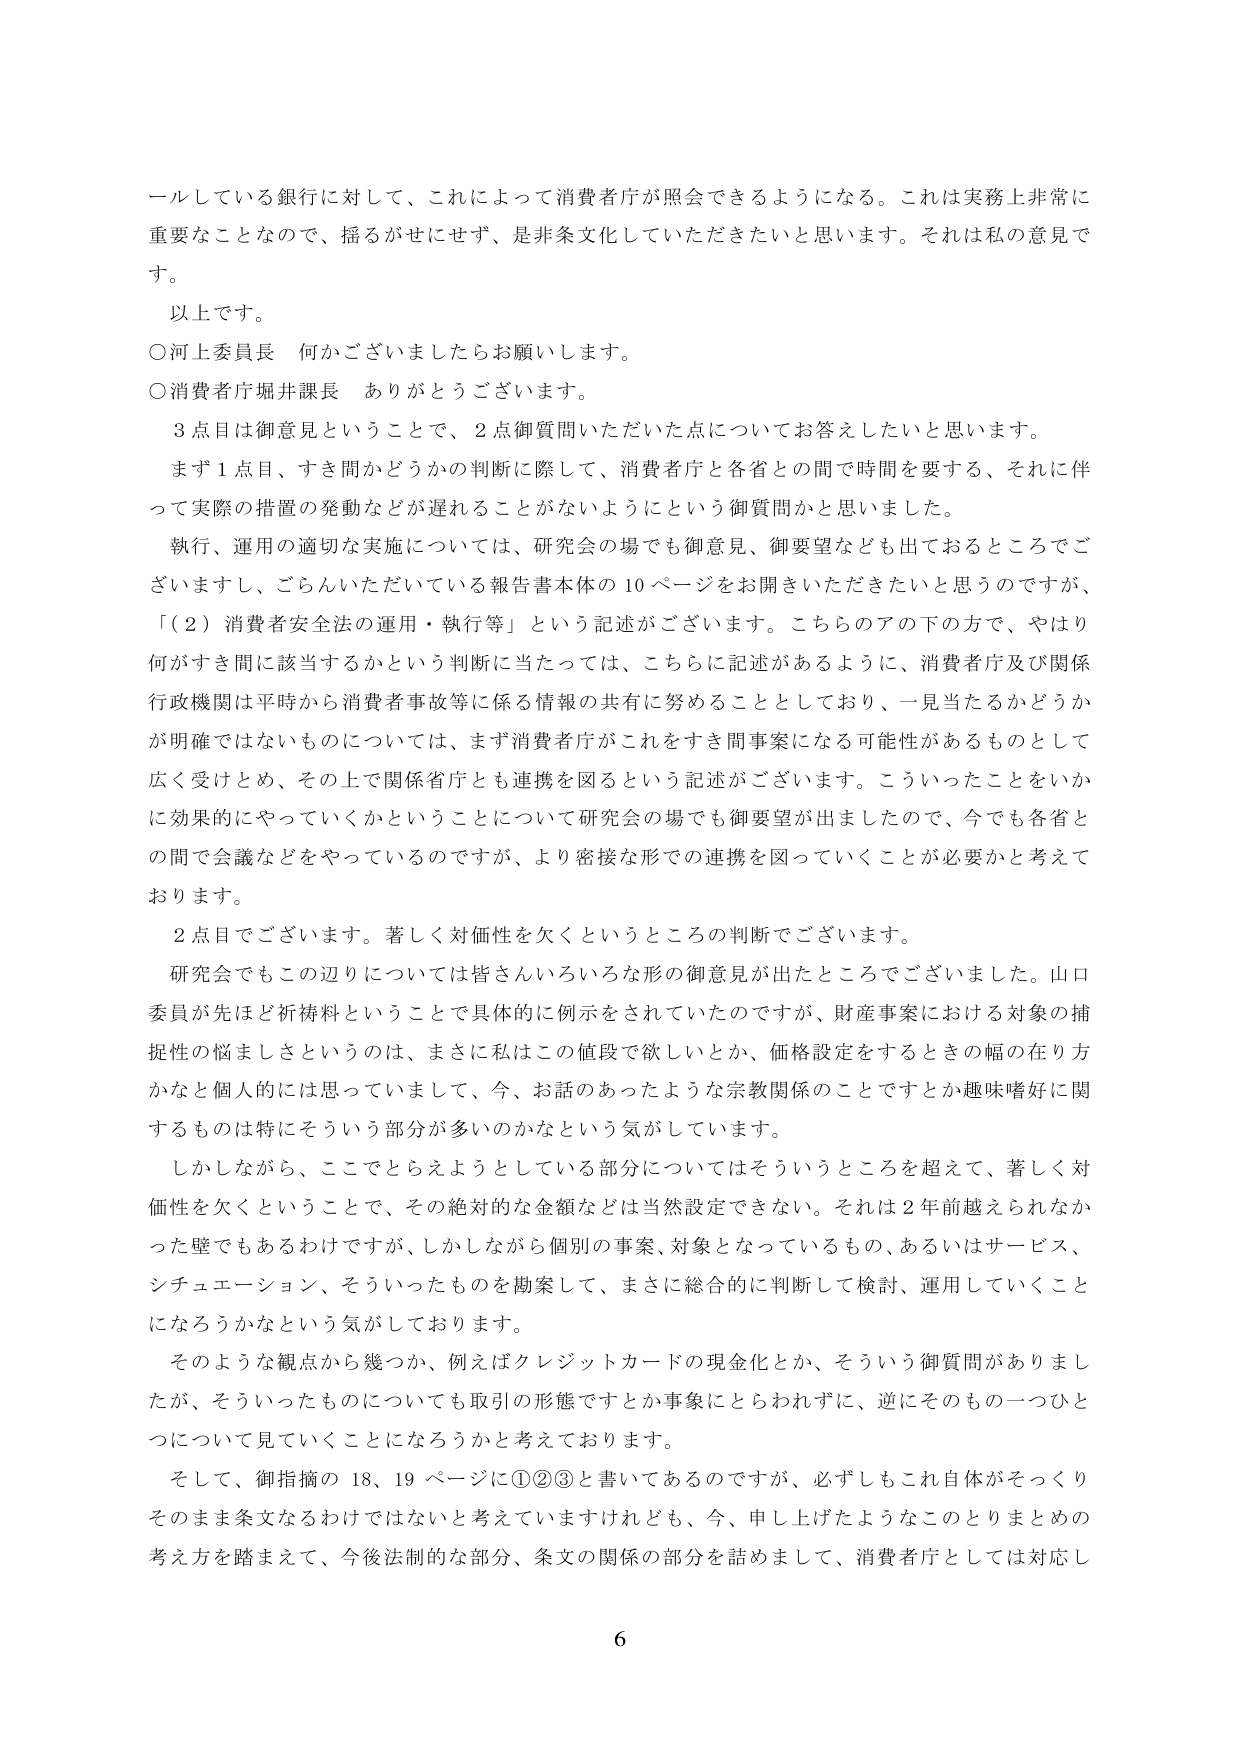
ールしている銀行に対して、これによって消費者庁が照会できるようになる。これは実務上非常に重要なことなので、揺るがせにせず、是非条文化していただきたいと思います。それは私の意見です。

以上です。

○河上委員長　何かございましたらお願いします。

○消費者庁堀井課長　ありがとうございます。

３点目は御意見ということで、２点御質問いただいた点についてお答えしたいと思います。

まず１点目、すき間かどうかの判断に際して、消費者庁と各省との間で時間を要する、それに伴って実際の措置の発動などが遅れることがないようにという御質問かと思いました。

執行、運用の適切な実施については、研究会の場でも御意見、御要望なども出ておるところでございますし、ごらんいただいている報告書本体の10ページをお開きいただきたいと思うのですが、「（2）消費者安全法の運用・執行等」という記述がございます。こちらのアの下の方で、やはり何がすき間に該当するかという判断に当たっては、こちらに記述があるように、消費者庁及び関係行政機関は平時から消費者事故等に係る情報の共有に努めることとしており、一見当たるかどうかが明確ではないものについては、まず消費者庁がこれをすき間事案になる可能性があるものとして広く受けとめ、その上で関係省庁とも連携を図るという記述がございます。こういったことをいかに効果的にやっていくかということについて研究会の場でも御要望が出ましたので、今でも各省との間で会議などをやっているのですが、より密接な形での連携を図っていくことが必要と考えております。

２点目でございます。著しく対価性を欠くというところの判断でございます。

研究会でもこの辺りについては皆さんいろいろな形の御意見が出たところでございました。山口委員が先ほど祈祷料ということで具体的に例示をされていたのですが、財産事案における対象の捕捉性の悩みしさというのは、まさに私はこの値段で欲しいとか、価格設定をするときの幅の在り方かなと個人的には思っていまして、今、お話のあったような宗教関係のことですとか趣味嗜好に関するものは特にそういう部分が多いのかなという気がしています。

しかしながら、ここでとらえようとしている部分についてはそういうところを超えて、著しく対価性を欠くということで、その絶対的な金額などは当然設定できない。それは2年前越えられなかった壁でもあるわけですが、しかしながら個別の事案、対象となっているもの、あるいはサービス、シチュエーション、そういったものを勘案して、まさに総合的に判断して検討、運用していくことになろうかなという気がしております。

そのような観点から幾つか、例えばクレジットカードの現金化とか、そういう御質問がありましたが、そういったものについても取引の形態ですとか事象にとらわれずに、逆にそのもの一つひとつについて見ていくことになろうかと考えております。

そして、御指摘の18、19ページに①②③と書いてあるのですが、必ずしもこれ自体がそっくりそのまま条文なるわけではないと考えていますけれども、今、申し上げたようなこのとりまとめの考え方を踏まえて、今後法制的な部分、条文の関係の部分を詰めまして、消費者庁としては対応し

6